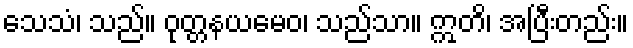
သေသံ၊ သည်။ ဝုတ္တနယမေဝ၊ သည်သာ။ ဣတိ၊ အပြီးတည်း။